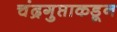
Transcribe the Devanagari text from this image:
चंद्रगुप्ताकडून